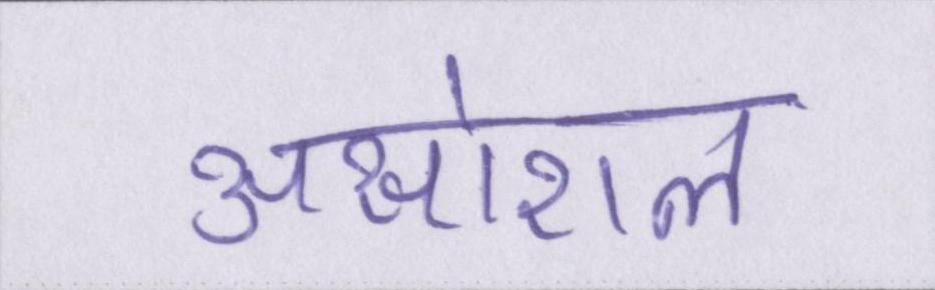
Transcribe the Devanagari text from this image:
असोशल